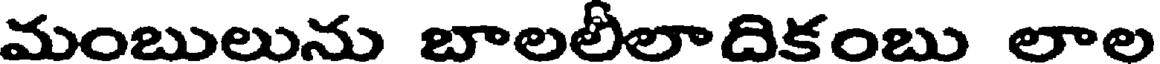
మంబులును బాలలీలాదికంబు లాల